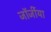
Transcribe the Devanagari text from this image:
जॉर्जीया